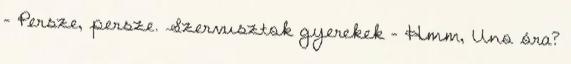
- Persze, persze. Szervusztok gyerekek - Hmm, Uno óra?